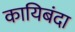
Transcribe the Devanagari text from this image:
कायिबंदा